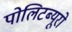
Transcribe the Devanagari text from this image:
पोलिटब्यूरो